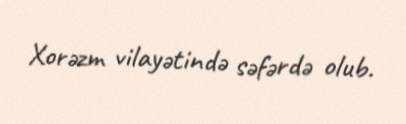
Xorəzm vilayətində səfərdə olub.